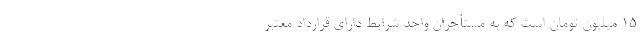
۱۵ میلیون تومان است که به مستأجران واجد شرایط دارای قرارداد معتبر